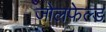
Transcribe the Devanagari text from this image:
जोलफेल्ड